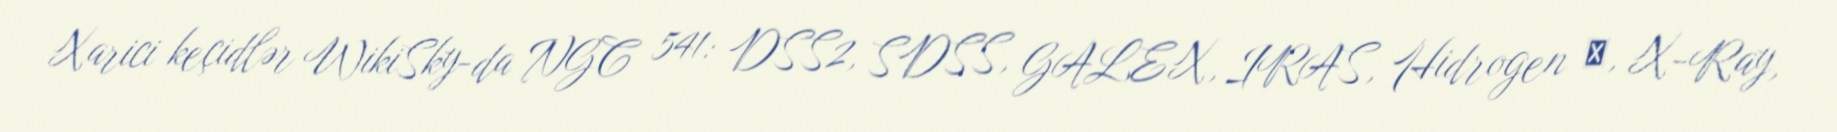
Xarici keçidlər WikiSky-da NGC 541: DSS2, SDSS, GALEX, IRAS, Hidrogen α, X-Ray,